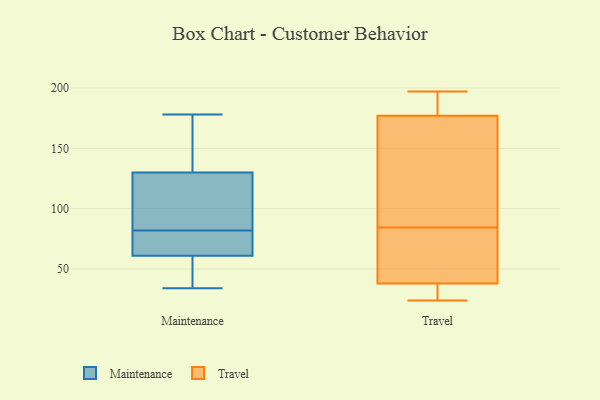
{"axis": {"x": "Population (Million)", "y": "Value"}, "legend": ["Maintenance", "Travel"], "data": [{"x": "", "y": 34, "type": "Maintenance"}, {"x": "", "y": 67, "type": "Maintenance"}, {"x": "", "y": 114, "type": "Maintenance"}, {"x": "", "y": 61, "type": "Maintenance"}, {"x": "", "y": 178, "type": "Maintenance"}, {"x": "", "y": 95, "type": "Maintenance"}, {"x": "", "y": 40, "type": "Maintenance"}, {"x": "", "y": 64, "type": "Maintenance"}, {"x": "", "y": 98, "type": "Maintenance"}, {"x": "", "y": 172, "type": "Maintenance"}, {"x": "", "y": 130, "type": "Maintenance"}, {"x": "", "y": 37, "type": "Maintenance"}, {"x": "", "y": 69, "type": "Maintenance"}, {"x": "", "y": 167, "type": "Maintenance"}, {"x": "", "y": 38, "type": "Travel"}, {"x": "", "y": 177, "type": "Travel"}, {"x": "", "y": 55, "type": "Travel"}, {"x": "", "y": 28, "type": "Travel"}, {"x": "", "y": 73, "type": "Travel"}, {"x": "", "y": 196, "type": "Travel"}, {"x": "", "y": 86, "type": "Travel"}, {"x": "", "y": 102, "type": "Travel"}, {"x": "", "y": 197, "type": "Travel"}, {"x": "", "y": 83, "type": "Travel"}, {"x": "", "y": 138, "type": "Travel"}, {"x": "", "y": 24, "type": "Travel"}, {"x": "", "y": 27, "type": "Travel"}, {"x": "", "y": 178, "type": "Travel"}]}